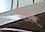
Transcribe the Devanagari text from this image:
जैलेन